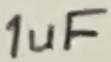
Text: 1uF